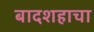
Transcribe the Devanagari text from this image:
बादशहाचा